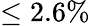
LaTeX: \leq 2.6\%